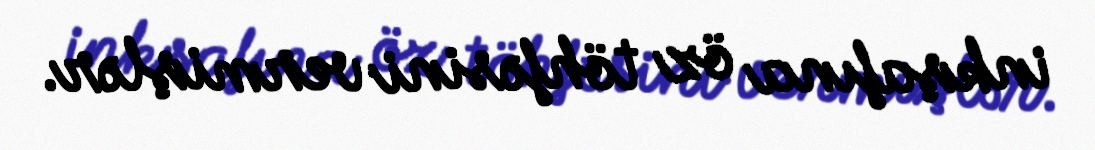
inkşafına öz töhfəsini vermişlər.